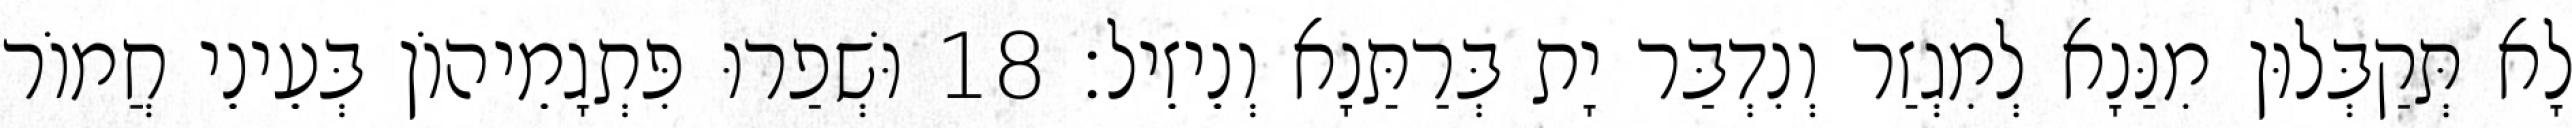
לָא תְּקַבְּלוּן מִנַּנָא לְמִגְזַר וְנִדְבַּר יָת בְּרַתַּנָא וְנֵיזֵיל׃ 18 וּשְׁפַרוּ פִּתְגָמֵיהוֹן בְּעֵינֵי חֲמוֹר